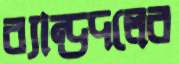
ব্যান্ডদলের